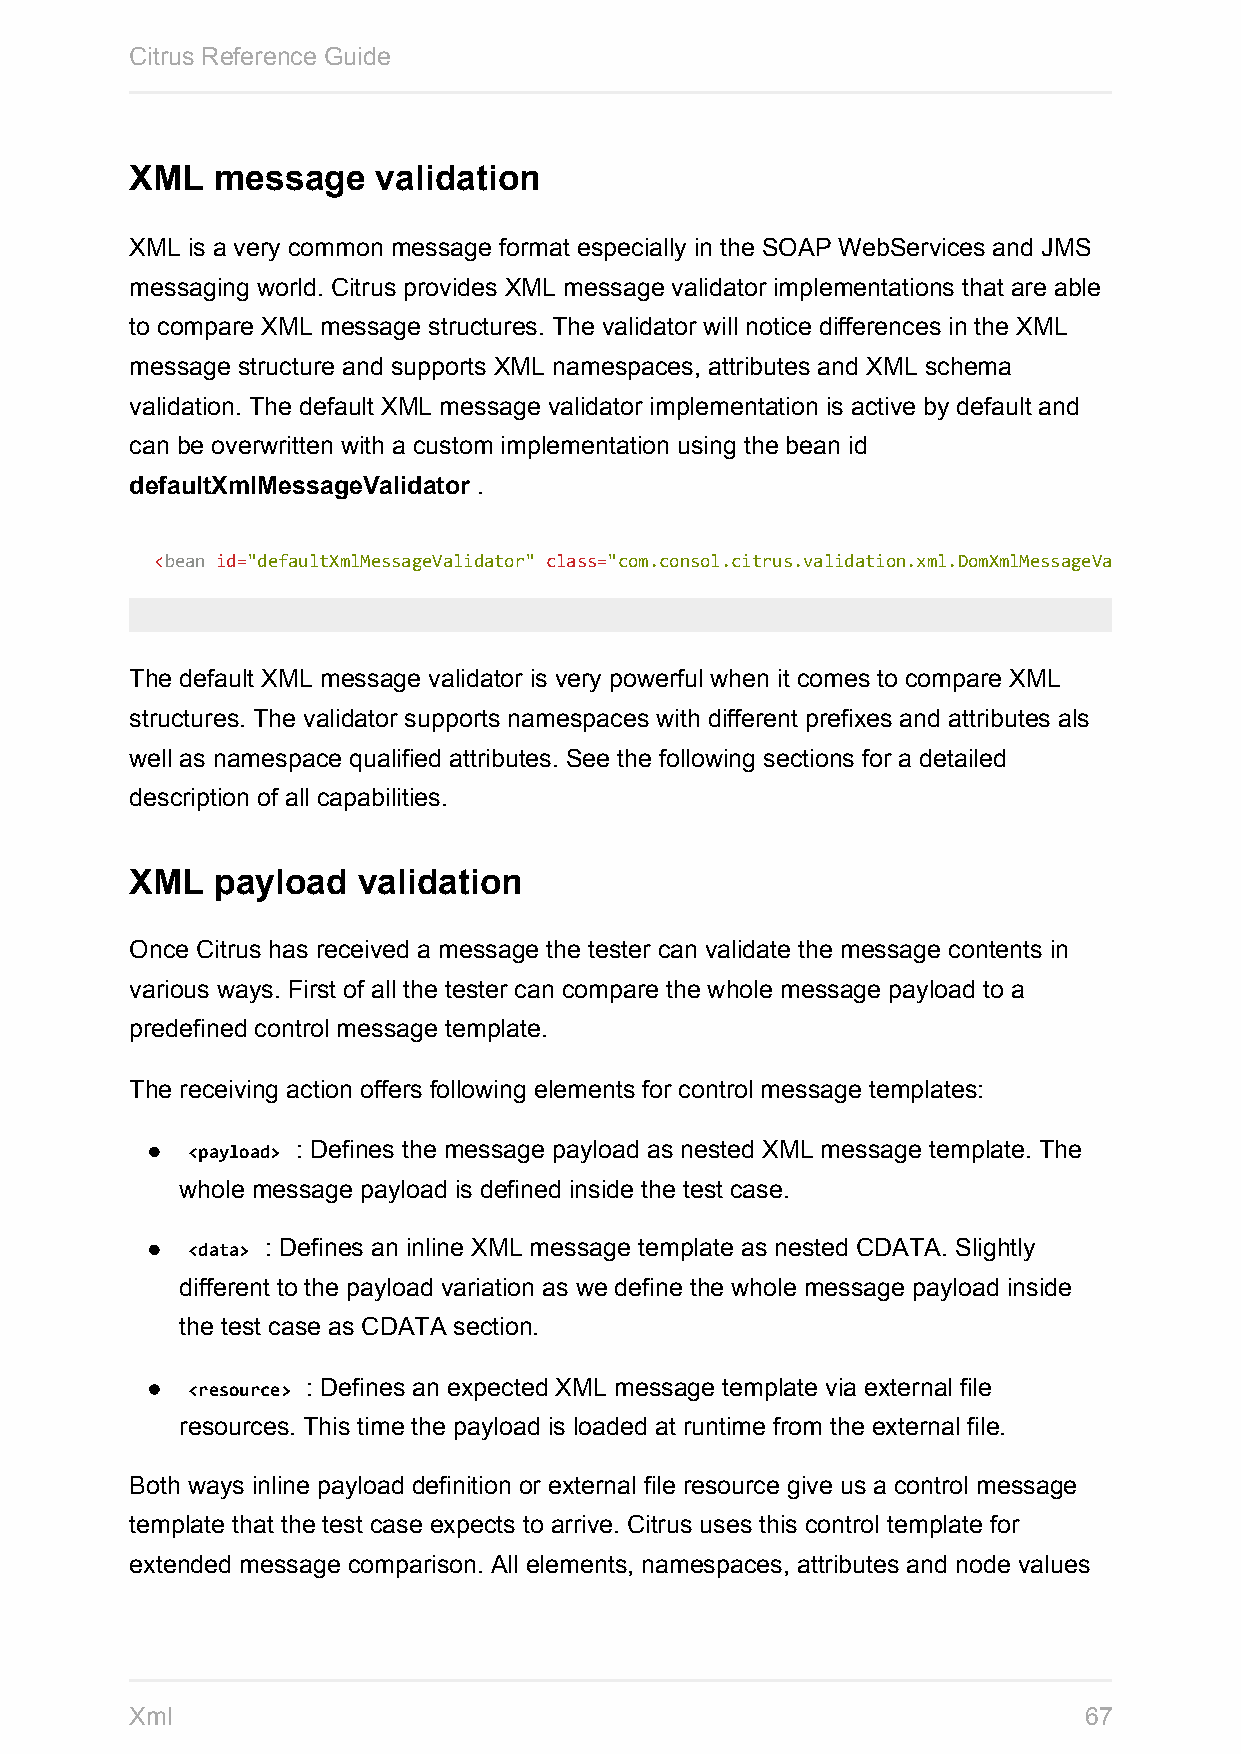
Citrus Reference Guide
 XML  message    validation
 XML is a very common message format especially in the SOAP WebServices and JMS
 messaging world. Citrus provides XML message validator implementations that are able
 to compare XML message structures. The validator will notice differences in the XML
 message structure and supports XML namespaces, attributes and XML schema
 validation. The default XML message validator implementation is active by default and
 can be overwritten with a custom implementation using the bean id
 defaultXmlMessageValidator .
 <bean id="defaultXmlMessageValidator" class="com.consol.citrus.validation.xml.DomXmlMessageValidator"
 The default XML message validator is very powerful when it comes to compare XML
 structures. The validator supports namespaces with different prefixes and attributes als
 well as namespace qualified attributes. See the following sections for a detailed
 description of all capabilities.
 XML  payload   validation
 Once Citrus has received a message the tester can validate the message contents in
 various ways. First of all the tester can compare the whole message payload to a
 predefined control message template.
 The receiving action offers following elements for control message templates:
 <payload> : Defines the message payload as nested XML message template. The
 whole message payload is defined inside the test case.
 <data> : Defines an inline XML message template as nested CDATA. Slightly
 different to the payload variation as we define the whole message payload inside
 the test case as CDATA section.
 <resource> : Defines an expected XML message template via external file
 resources. This time the payload is loaded at runtime from the external file.
 Both ways inline payload definition or external file resource give us a control message
 template that the test case expects to arrive. Citrus uses this control template for
 extended message comparison. All elements, namespaces, attributes and node values
 Xml                                                            67